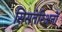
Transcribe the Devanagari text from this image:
सिसतेरिअनों